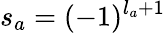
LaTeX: s_{a}=(-1)^{l_{a}+1}